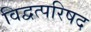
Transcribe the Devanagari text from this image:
विद्वत्परिषद